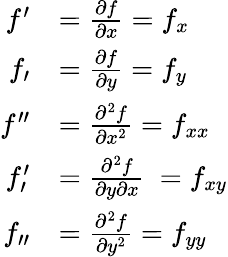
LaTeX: {\begin{array}{rl}{f^{\prime}}&{={\frac{\partial f}{\partial x}}=f_{x}}\\ {f_{\prime}}&{={\frac{\partial f}{\partial y}}=f_{y}}\\ {f^{\prime\prime}}&{={\frac{\partial^{2}f}{\partial x^{2}}}=f_{xx}}\\ {f_{\prime}^{\prime}}&{={\frac{\partial^{2}f}{\partial y\partial x}}\ =f_{xy}}\\ {f_{\prime\prime}}&{={\frac{\partial^{2}f}{\partial y^{2}}}=f_{yy}}\end{array}}